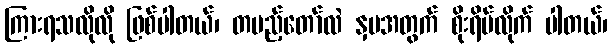
ကြားရသလိုလို ဖြစ်ပါတယ်၊ တပည့်တော်လဲ နှမအတွက် စိုးရိမ်လိုက် ပါတယ်၊